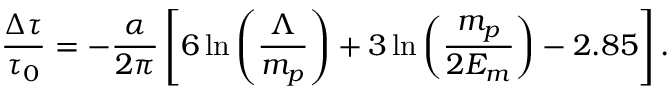
{ \frac { \Delta \tau } { \tau _ { 0 } } } = - { \frac { \alpha } { 2 \pi } } \left[ 6 \ln \left( { \frac { \Lambda } { m _ { p } } } \right) + 3 \ln \left( { \frac { m _ { p } } { 2 E _ { m } } } \right) - 2 . 8 5 \right] .